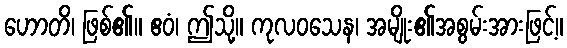
ဟောတိ၊ ဖြစ်၏။ ဧဝံ၊ ဤသို့။ ကုလဝသေန၊ အမျိုး၏အစွမ်းအားဖြင့်။